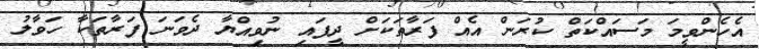
އެހެންވީމަ މަސައްކަތް ކުރަން އެއް ފަރާތަކަށް ދީފައި ނުވިއްޔާ ދެވަނަ ފަރާތަކާ ހަވާލު